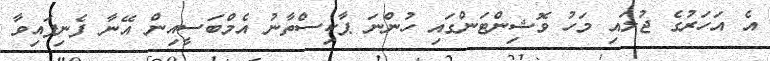
އެ އަހަރުގެ ޖުލައި މަހު ވޮޝިންޓަންގައި ހުންނަ ޕާކިސްތާނު އެމްބަސީއިން އޭނާ ފެނިފައިވާ